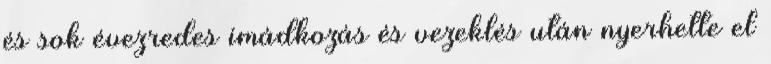
és sok évezredes imádkozás és vezeklés után nyerhette el